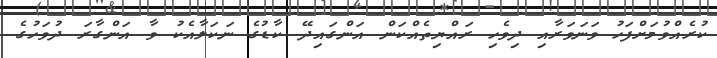
ކުރެއްވުމަށްފަހު ވަނަވަރާއި ދިވެހި ރައްޔިތެއްކަން އަންގައިދޭ ކާޑުގެ ނަކަލާއެކު ވާ އަންގާރަ ދުވަހުގެ